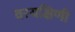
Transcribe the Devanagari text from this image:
वरयक्षिणी